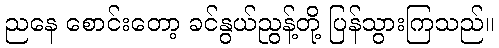
ညနေ စောင်းတော့ ခင်နွယ်ညွန့်တို့ ပြန်သွားကြသည်။